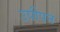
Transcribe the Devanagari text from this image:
उपीपन